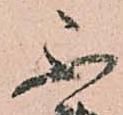
不